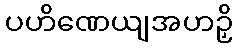
ပဟိဏေယျအဟဉှိ